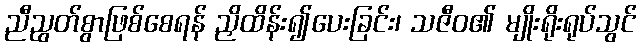
ညီညွတ်စွာဖြစ်စေရန် ညှိထိန်း၍ပေးခြင်း၊ သဇီဝ၏ မျိုးရိုးရုပ်သွင်